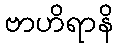
ဗာဟိရာနိ